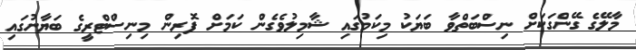
މާލޭގެ ގޭންގަކަށް ނިސްބަތްވާ ބަޔަކު މިކަމުގައި ޝާމިލުވެގެން ކަމަށް ފޮރިން މިނިސްޓްރީގެ ބަޔާނުގައި